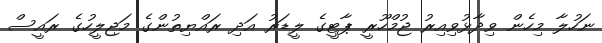
ނަހުލާ މިހެން ވިދާޅުވިއިރު ޖުމްހޫރީ ޕާޓީގެ ލީޑަރު އަދި ރައްޔިތުންގެ މަޖިލީހުގެ ރައީސް